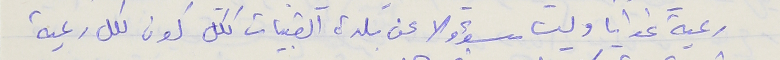
رعية غوايا وليس مسؤولا عن بلدة القبيات ككل كون لكل رعية